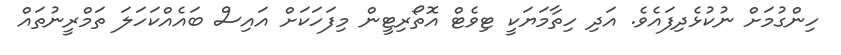
ހިންގުމަށް ނުކުޅެދިފައެވެ. އަދި ހިތާމަޔަކީ ޓިވެޓް އޮތޯރިޓީން މިފަހަކަށް އައިސް ބައެއްކަހަލަ ތަމްރީނުތައް